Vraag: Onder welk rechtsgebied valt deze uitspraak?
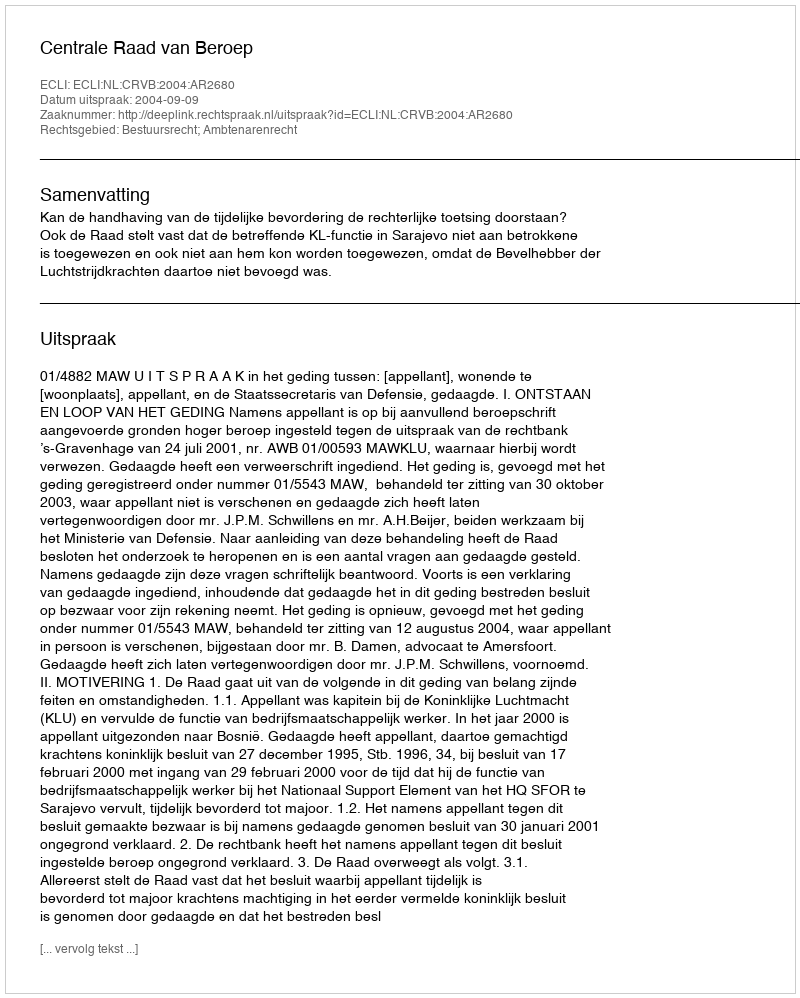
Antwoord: Bestuursrecht; Ambtenarenrecht